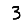
Digit: 3